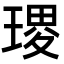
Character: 𭹭